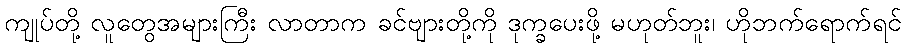
ကျုပ်တို့ လူတွေအများကြီး လာတာက ခင်ဗျားတို့ကို ဒုက္ခပေးဖို့ မဟုတ်ဘူး၊ ဟိုဘက်ရောက်ရင်